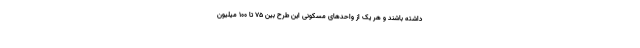
داشته باشند و هر یک از واحدهای مسکونی این طرح بین ۷۵ تا ۱۰۰ میلیون